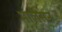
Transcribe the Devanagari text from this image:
मालेसन